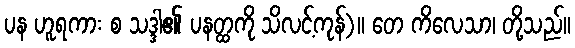
ပန ဟူရကား စ သဒ္ဒါ၏ ပနတ္ထကို သိလင့်ကုန်)။ တေ ကိလေသာ၊ တို့သည်။